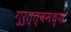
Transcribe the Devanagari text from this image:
गुरुत्त्वमध्य